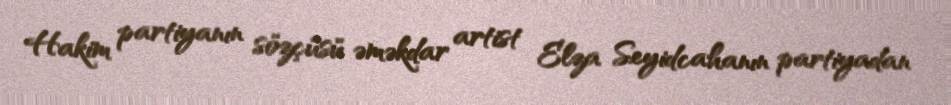
Hakim partiyanın sözçüsü əməkdar artist Elza Seyidcahanın partiyadan